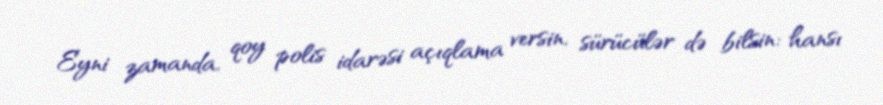
Eyni zamanda, qoy polis idarəsi açıqlama versin, sürücülər də bilsin: hansı